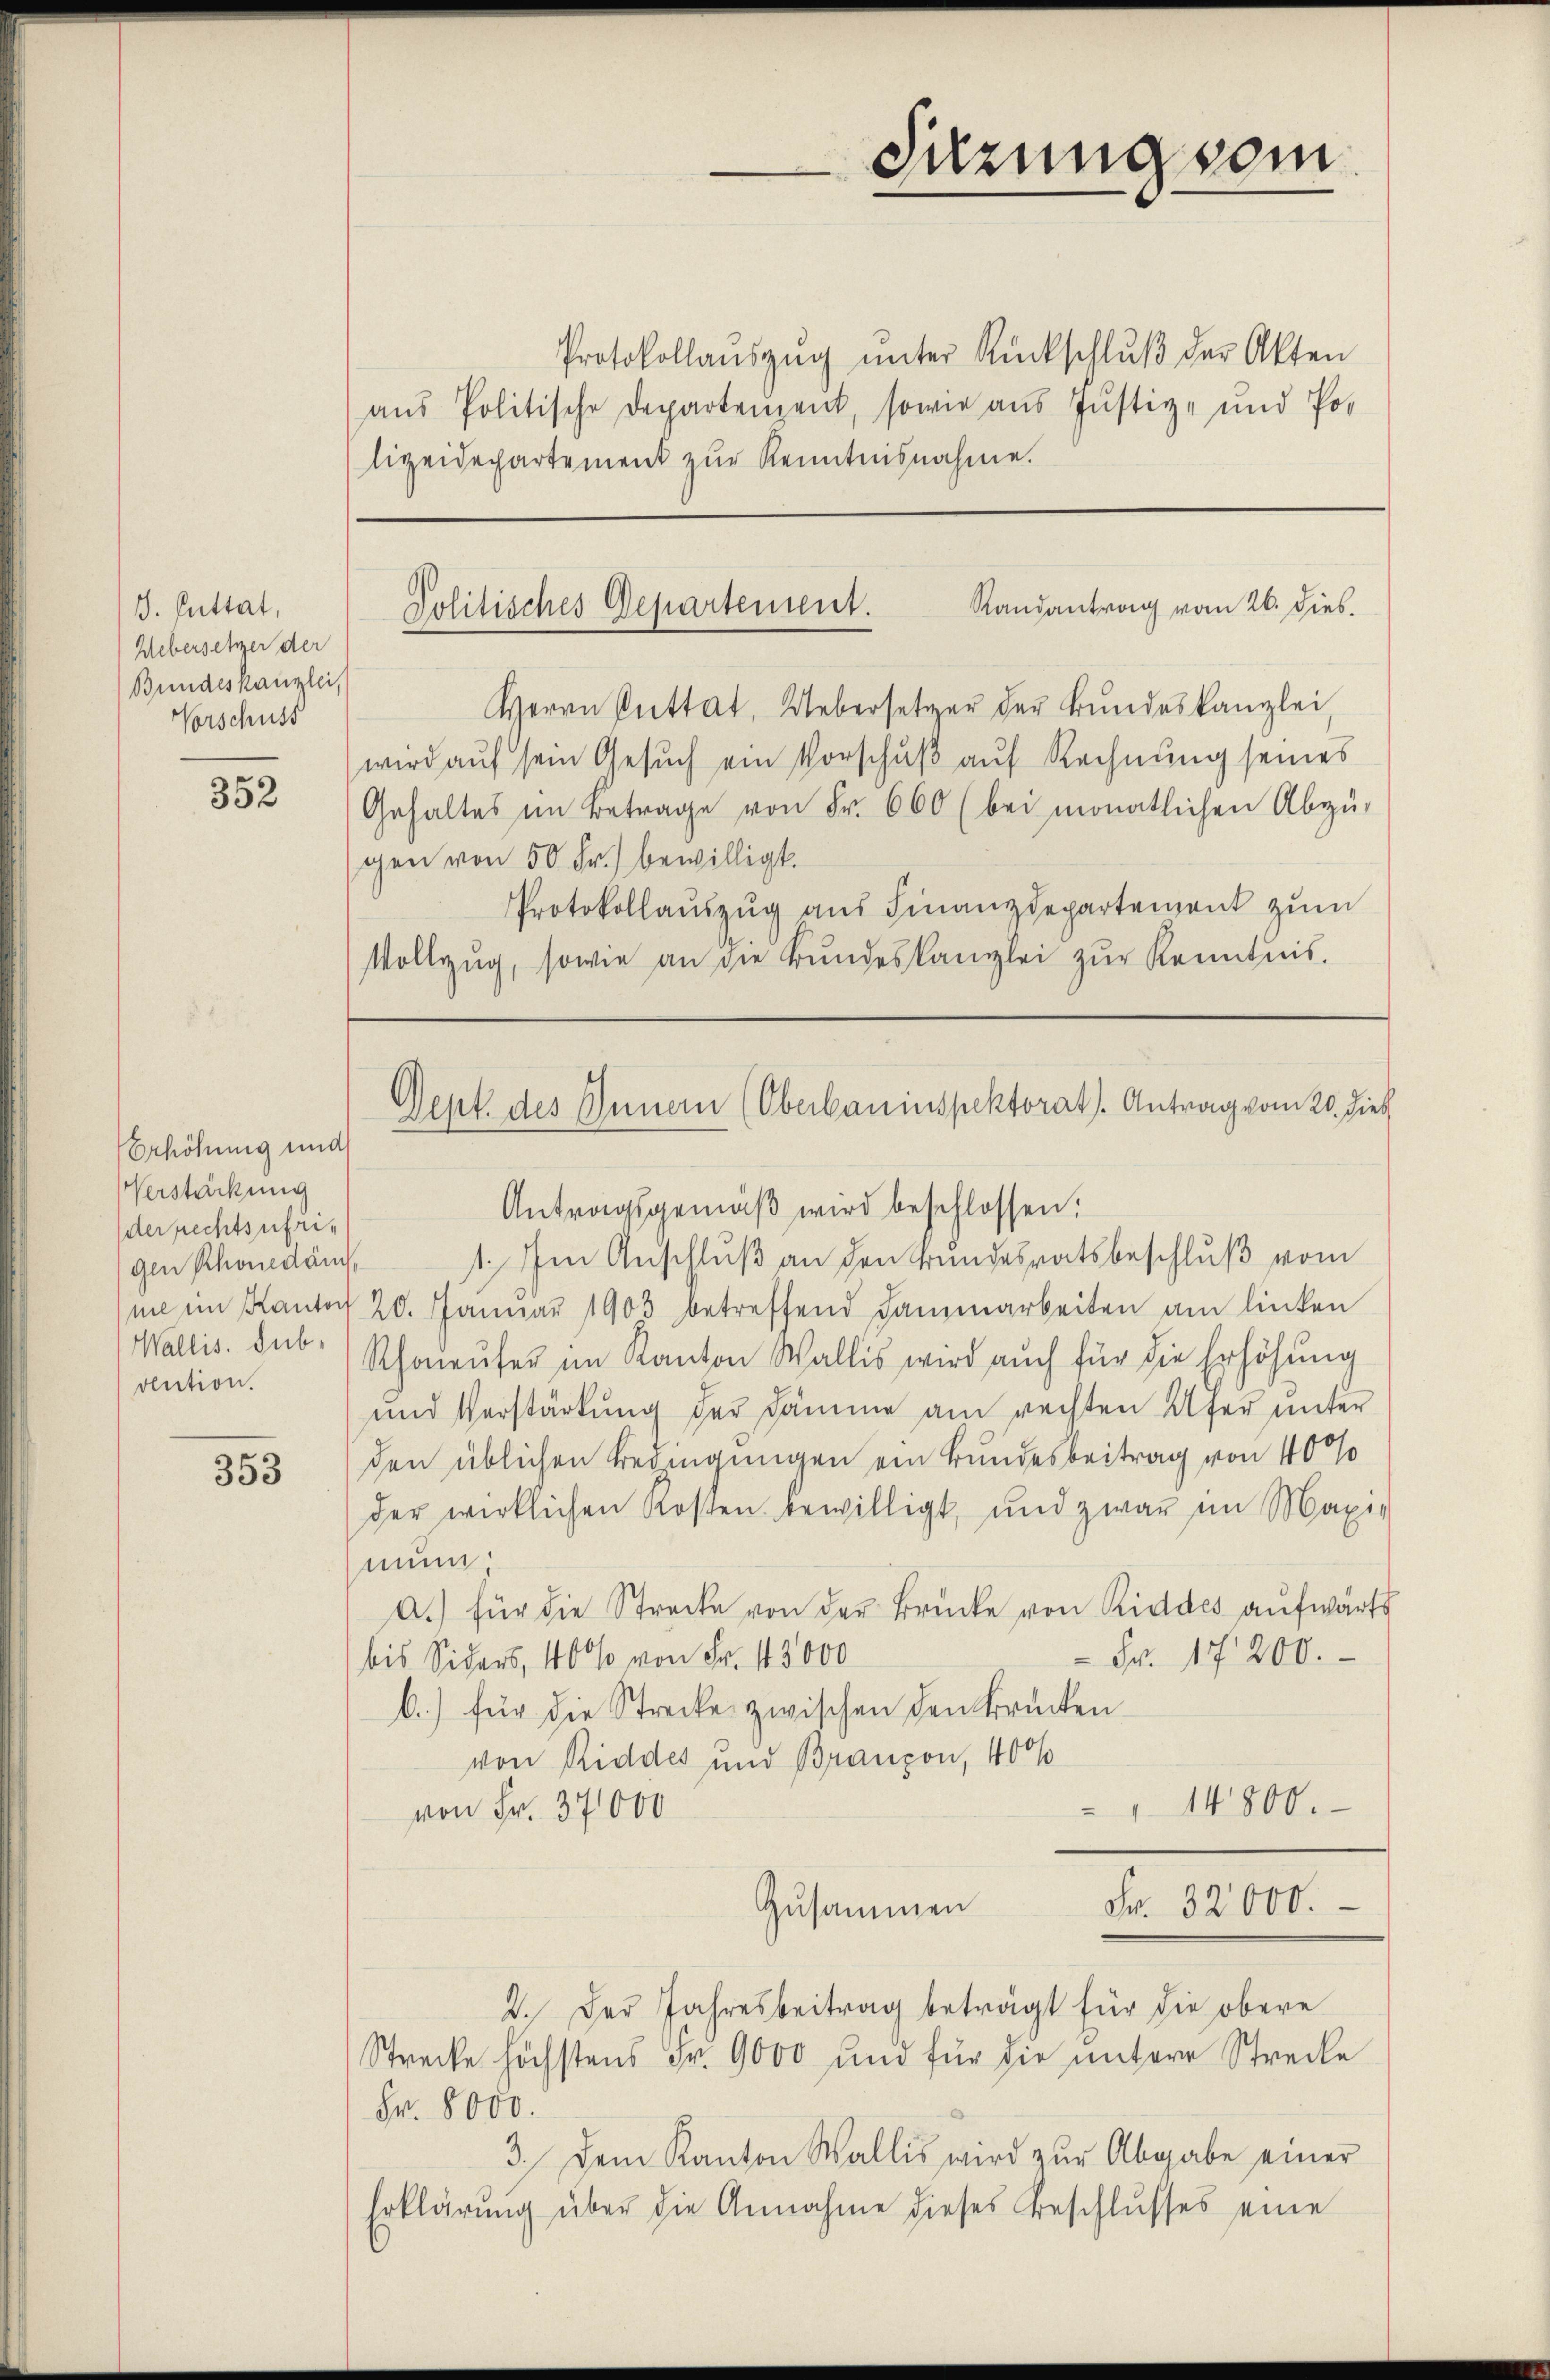
J. Guttat,
Uebersetzer der
Bundeskanzlei,
Norschuss

352

Erhöhung und
Verstärkung
der rechtsufrigen Rhonedäm
Wallis. sub.
vention.

353

Herrn Puttat. Uebersetzer der Bundeskanzlei,
wird auf sein Gesuch ein Vorschuß auf Rechnung seines
Gehaltes im Betrage von Fr. 660 (bei monatlichen Abzu-
gen von 50 Fr. bewilligt.
Protokollaŭszŭg aŭs Finanzdepartement zŭm
Vollzŭg, sowie an die Bŭndeskanzlei zŭr Kenntnis.

Protokollaŭszŭg ŭnter Rückschlŭβ der Akten
aŭs Politische Departenzent, sowie aus Justiz- und Polizeidepartement zŭr Kenntnisnahme.

ni im Kanton 20. Januar 1903 betreffend Sammarbeiten am linken
Schoneŭfer im Kanton Wallis wird auch für die Erhöhung
und Verstärkung der Dämme am rechten Ufer unter
den üblichen Bedingungen ein Bundesbeitrag von 40%
der wirklichen Kosten bewilligt, und zwar im Maxi-
nun
A.) für die Strecke von der Brücke von Riddes aŭfwärts
 Fr. 17200.
bis Siders, 100% von Fr. 13000
b) für die Strecke zwischen den Brücken
von Riddes und Branzon, 400%
14800.
von Fr. 37000
Fr. 32000.
Zusammen
2. Der Jahresbeitrag beträgt für die obere
Strecke höchstens Fr. 9000 und für die ŭntere Streike
Fr. 8000.
3. Dem Kanton Wallis wird zŭr Abgabe einer
Erklärung über die Annahme dieses Beschlusses eine

Sitzung vom

Randantrag vom 26. Dieb.
Politisches Departement.

Dept. des Innern (Oberbauinspektorat. Antrag vom 20. Dieb
Antragsgemäß wird beschlossen:
1. Im Anschluß an den Bundesratsbeschluß vom